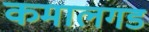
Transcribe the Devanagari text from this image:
कमालगड